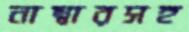
নাম্বারসহ